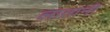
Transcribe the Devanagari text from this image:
लातानी